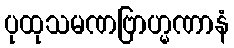
ပုထုသမဏဗြာဟ္မဏာနံ